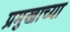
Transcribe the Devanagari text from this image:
प्रमुखाच्या